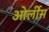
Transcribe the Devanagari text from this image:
ओर्लींस